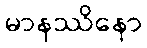
မာနဿိနော